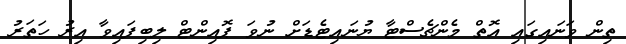
ތިން ވަނައިގައި އޮތް މެންޗެސްޓާ ޔުނައިޓެޑަށް ނުވަ ޕޮއިންޓް ލިބިފައިވާ އިރު ހަތަރު